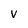
Character: v